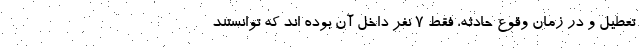
تعطیل و در زمان وقوع حادثه، فقط 7 نفر داخل آن بوده اند که توانستند